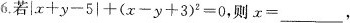
6.若$$| x 十 y -5 |+( x - y + 3 )2=0$$,则x=\underline,